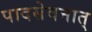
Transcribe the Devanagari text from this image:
पादसेवनात्